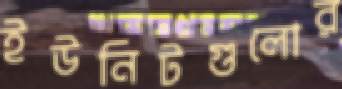
ইউনিটগুলোর